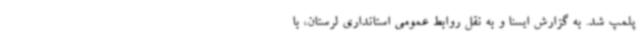
پلمپ شد. به گزارش ایسنا و به نقل روابط عمومی استانداری لرستان، با